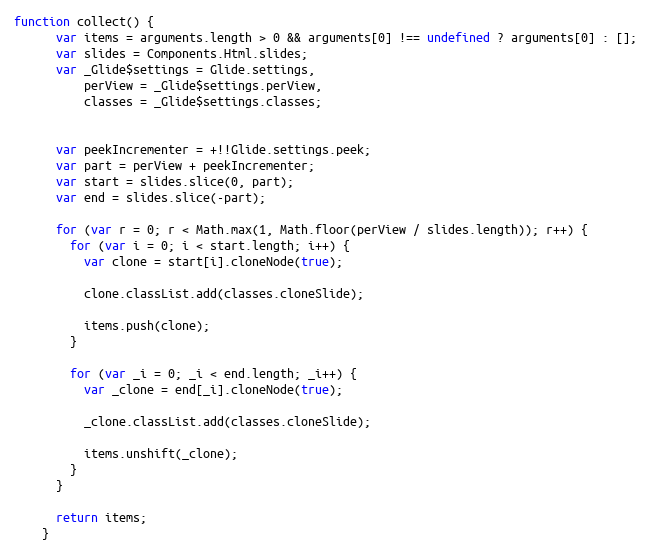
Language: JavaScript
function collect() {
      var items = arguments.length > 0 && arguments[0] !== undefined ? arguments[0] : [];
      var slides = Components.Html.slides;
      var _Glide$settings = Glide.settings,
          perView = _Glide$settings.perView,
          classes = _Glide$settings.classes;

      var peekIncrementer = +!!Glide.settings.peek;
      var part = perView + peekIncrementer;
      var start = slides.slice(0, part);
      var end = slides.slice(-part);

      for (var r = 0; r < Math.max(1, Math.floor(perView / slides.length)); r++) {
        for (var i = 0; i < start.length; i++) {
          var clone = start[i].cloneNode(true);

          clone.classList.add(classes.cloneSlide);

          items.push(clone);
        }

        for (var _i = 0; _i < end.length; _i++) {
          var _clone = end[_i].cloneNode(true);

          _clone.classList.add(classes.cloneSlide);

          items.unshift(_clone);
        }
      }

      return items;
    }